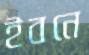
ইবনে